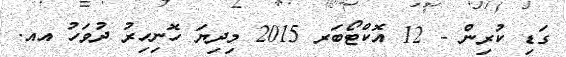
ގަޑި ކުރިން - 12 އޮކްޓޯބަރ 2015 މިދިޔަ ހޮނިހިރު ދުވަހު އއ.